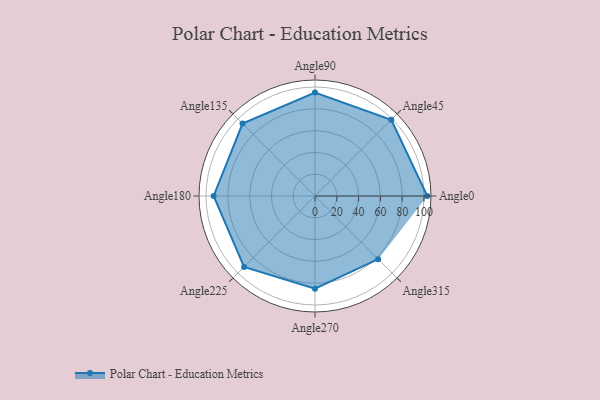
{"axis": {"x": "Angle", "y": "Radius"}, "legend": [""], "data": [{"x": "Angle0", "y": 103.0, "type": ""}, {"x": "Angle45", "y": 99.0, "type": ""}, {"x": "Angle90", "y": 95.0, "type": ""}, {"x": "Angle135", "y": 94.0, "type": ""}, {"x": "Angle180", "y": 93.0, "type": ""}, {"x": "Angle225", "y": 92.0, "type": ""}, {"x": "Angle270", "y": 85.0, "type": ""}, {"x": "Angle315", "y": 82.0, "type": ""}]}